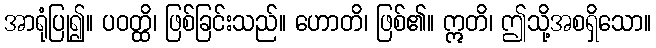
အာရုံပြု၍။ ပဝတ္ထိ၊ ဖြစ်ခြင်းသည်။ ဟောတိ၊ ဖြစ်၏။ ဣတိ၊ ဤသို့အစရှိသော။